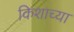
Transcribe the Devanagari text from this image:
किशाच्या